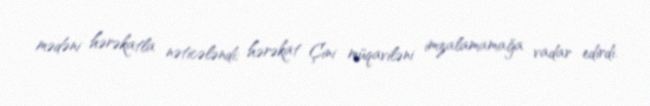
mədəni hərəkatla nəticələndi; hərəkat Çini müqaviləni imzalamamağa vadar edirdi.